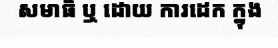
សមាធិ ឬ ដោយ ការដេក ក្នុង